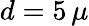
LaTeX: d=5\, \mu